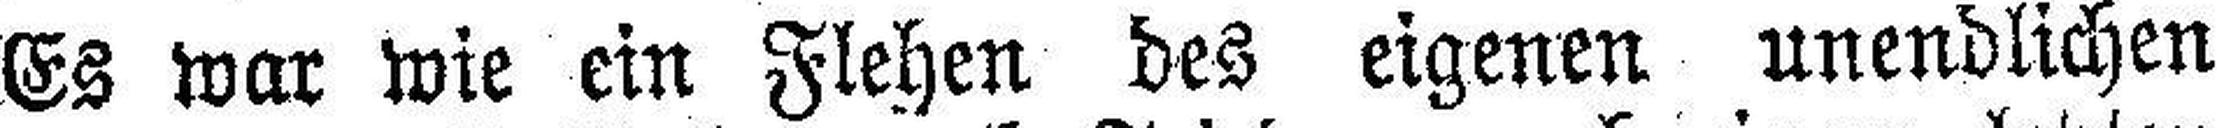
Es war wie ein Flehen des eigenen unendlichen